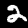
Digit: 2